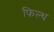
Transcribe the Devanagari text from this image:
फिल्थ